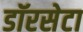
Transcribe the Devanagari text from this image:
डॉरसेटा